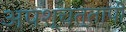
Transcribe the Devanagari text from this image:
अपश्चत्तापी